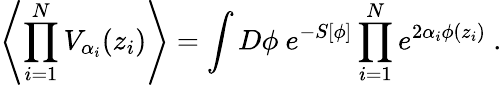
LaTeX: \left\langle\prod_{i=1}^{N}V_{\alpha_{i}}(z_{i})\right\rangle=\int D\phi\ e^{-S[\phi]}\prod_{i=1}^{N}e^{2\alpha_{i}\phi(z_{i})}\ .